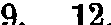
9. 12.